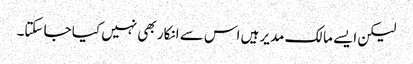
لیکن ایسے مالک مدیر ہیں اس سے انکار بھی نہیں کیا جا سکتا۔